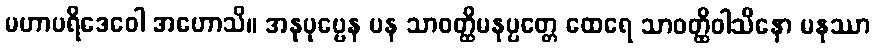
မဟာပရိဒေဝေါ အဟောသိ။ အနုပုဗ္ဗေန ပန သာဝတ္ထိမနုပ္ပတ္တေ ထေရေ သာဝတ္ထိဝါသိနော မနုဿာ